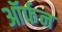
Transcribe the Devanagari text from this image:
ऑर्फन